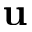
\mathbf { u }